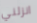
انزلني